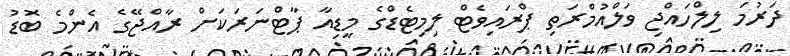
ދަރުމަ ލިލްހައްޖި ވަލްއުމްރަތި ޕްރައިވެޓް ލިމިޓެޑްގެ މީޑިއާ ޕާޓްނަރަކަށް ރާއްޖޭގެ އެންމެ ބޮޑު